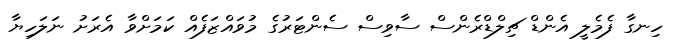
ހިނގާ ފެމެލީ އެންޑް ޗިލްޑްރެންސް ސާވިސް ސެންޓަރުގެ މުވައްޒަފެއް ކަމަށްވާ އެރަށު ނަލަހިޔާ